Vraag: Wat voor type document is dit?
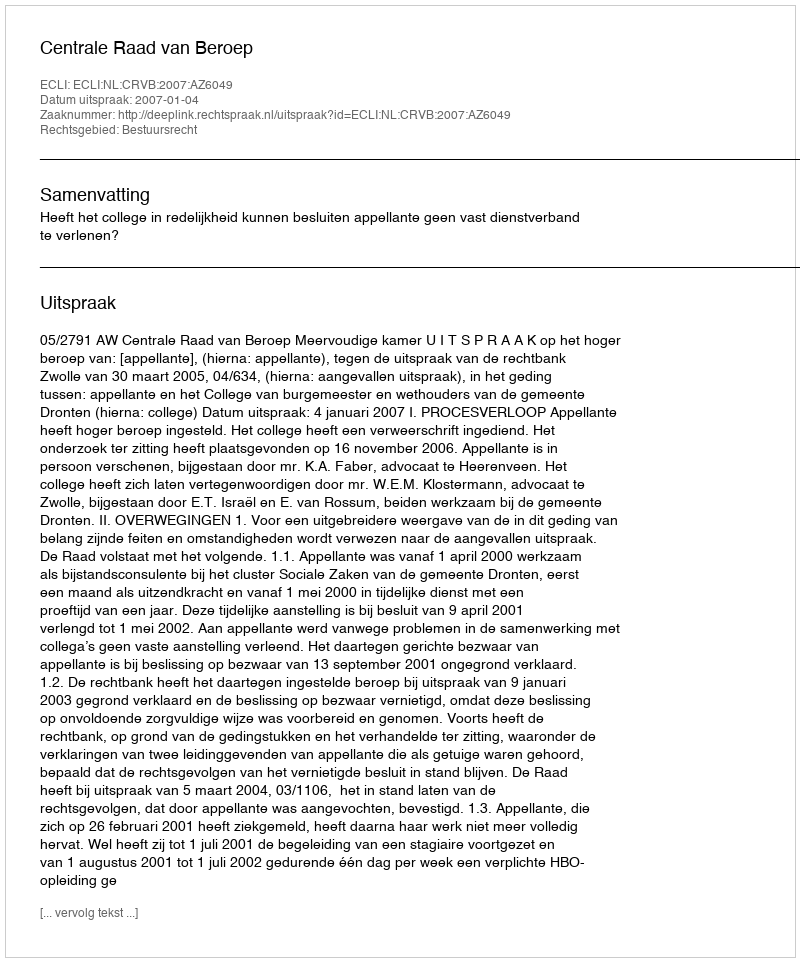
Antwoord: Uitspraak